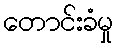
တောင်းခံမှု